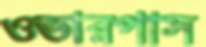
ওভারপাস